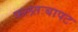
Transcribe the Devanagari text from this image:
फलतःबापट